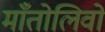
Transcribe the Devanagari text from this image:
माँतोलिवो